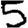
Digit: 5